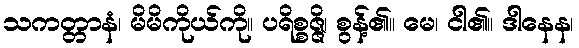
သကတ္တာနံ၊ မိမိကိုယ်ကို။ ပရိစ္စဇ္ဇိ၊ စွန့်၏။ မေ၊ ငါ၏။ ဒါနေန၊